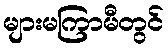
များမကြာမီတွင်